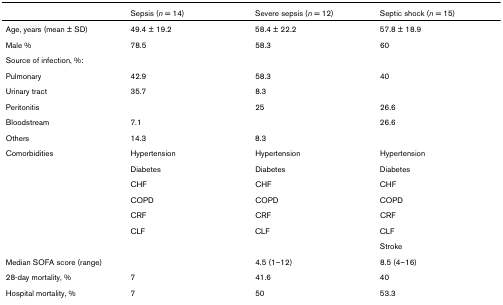
|  | Sepsis (n = 14) | Severe sepsis (n = 12) | Septic shock (n = 15) |
 | --- | --- | --- | --- |
 | Age, years (mean ± SD) | 49.4 ± 19.2 | 58.4 ± 22.2 | 57.8 ± 18.9 |
 | Male % | 78.5 | 58.3 | 60 |
 | Source of infection, %: |  |  |  |
 | Pulmonary | 42.9 | 58.3 | 40 |
 | Urinary tract | 35.7 | 8.3 |  |
 | Peritonitis |  | 25 | 26.6 |
 | Bloodstream | 7.1 |  | 26.6 |
 | Others | 14.3 | 8.3 |  |
 | Comorbidities | Hypertension | Hypertension | Hypertension |
 |  | Diabetes | Diabetes | Diabetes |
 |  | CHF | CHF | CHF |
 |  | COPD | COPD | COPD |
 |  | CRF | CRF | CRF |
 |  | CLF | CLF | CLF |
 |  |  |  | Stroke |
 | Median SOFA score (range) |  | 4.5 (1–12) | 8.5 (4–16) |
 | 28-day mortality, % | 7 | 41.6 | 40 |
 | Hospital mortality, % | 7 | 50 | 53.3 |